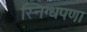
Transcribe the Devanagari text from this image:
स्निग्धपणा